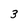
Character: 3